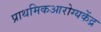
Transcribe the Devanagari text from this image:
प्राथमिकआरोग्यकेंद्र